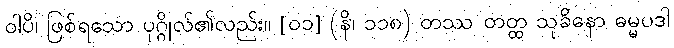
ဝါပိ၊ ဖြစ်ရသော ပုဂ္ဂိုလ်၏လည်း။ [၀၁] (နိ၊ ၁၁၈) တဿ တတ္ထ သုခိနော ဓမ္မပဒါ